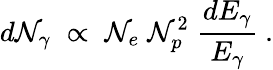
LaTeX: d\mathcal{N}_{\gamma}\; \propto\; \mathcal{N}_{e}\; \mathcal{N}_{p}^{2}\; {\frac{{dE_{\gamma}}}{{E_{\gamma}}}}\ .